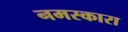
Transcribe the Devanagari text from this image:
नमस्कारा